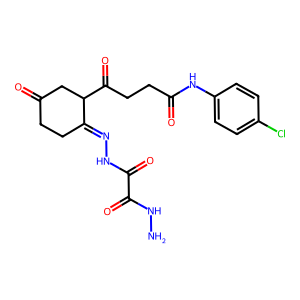
SMILES: NNC(=O)C(=O)NN=C1CCC(=O)CC1C(=O)CCC(=O)Nc1ccc(Cl)cc1
Inhibits HIV replication: No